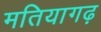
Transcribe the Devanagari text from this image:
मतियागढ़